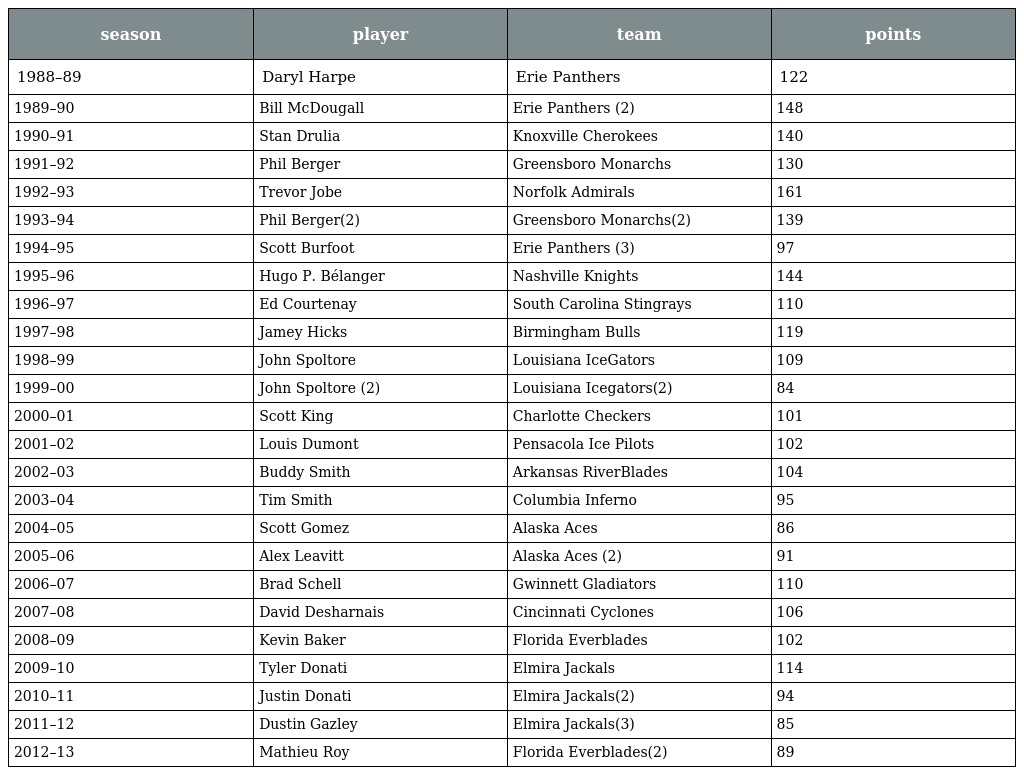
| season | player | team | points |
 | --- | --- | --- | --- |
 | 1988–89 | Daryl Harpe | Erie Panthers | 122 |
 | 1989–90 | Bill McDougall | Erie Panthers (2) | 148 |
 | 1990–91 | Stan Drulia | Knoxville Cherokees | 140 |
 | 1991–92 | Phil Berger | Greensboro Monarchs | 130 |
 | 1992–93 | Trevor Jobe | Norfolk Admirals | 161 |
 | 1993–94 | Phil Berger(2) | Greensboro Monarchs(2) | 139 |
 | 1994–95 | Scott Burfoot | Erie Panthers (3) | 97 |
 | 1995–96 | Hugo P. Bélanger | Nashville Knights | 144 |
 | 1996–97 | Ed Courtenay | South Carolina Stingrays | 110 |
 | 1997–98 | Jamey Hicks | Birmingham Bulls | 119 |
 | 1998–99 | John Spoltore | Louisiana IceGators | 109 |
 | 1999–00 | John Spoltore (2) | Louisiana Icegators(2) | 84 |
 | 2000–01 | Scott King | Charlotte Checkers | 101 |
 | 2001–02 | Louis Dumont | Pensacola Ice Pilots | 102 |
 | 2002–03 | Buddy Smith | Arkansas RiverBlades | 104 |
 | 2003–04 | Tim Smith | Columbia Inferno | 95 |
 | 2004–05 | Scott Gomez | Alaska Aces | 86 |
 | 2005–06 | Alex Leavitt | Alaska Aces (2) | 91 |
 | 2006–07 | Brad Schell | Gwinnett Gladiators | 110 |
 | 2007–08 | David Desharnais | Cincinnati Cyclones | 106 |
 | 2008–09 | Kevin Baker | Florida Everblades | 102 |
 | 2009–10 | Tyler Donati | Elmira Jackals | 114 |
 | 2010–11 | Justin Donati | Elmira Jackals(2) | 94 |
 | 2011–12 | Dustin Gazley | Elmira Jackals(3) | 85 |
 | 2012–13 | Mathieu Roy | Florida Everblades(2) | 89 |